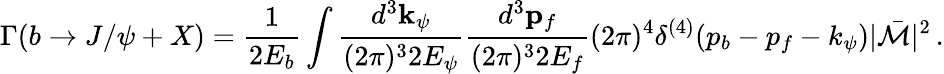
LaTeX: \Gamma(b\rightarrow J/\psi+X)=\frac{1}{2E_{b}}\int\frac{d^{3}{\mathbf k}_{\psi}}{(2\pi)^{3}2E_{\psi}}\frac{d^{3}{\mathbf p}_{f}}{(2\pi)^{3}2E_{f}}(2\pi)^{4}\delta^{(4)}(p_{b}-p_{f}-k_{\psi})|\bar{\cal M}|^{2}\, .